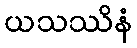
ယသဿိနံ